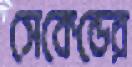
সেকেন্ডের